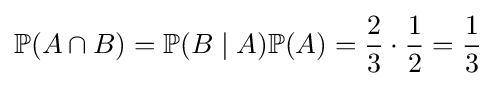
\mathbb {P} (A\cap B)=\mathbb {P} (B\mid A)\mathbb {P} (A)={\frac {2}{3}}\cdot {\frac {1}{2}}={\frac {1}{3}}